Papers set at the Examination for Leaving Certificates, 1895
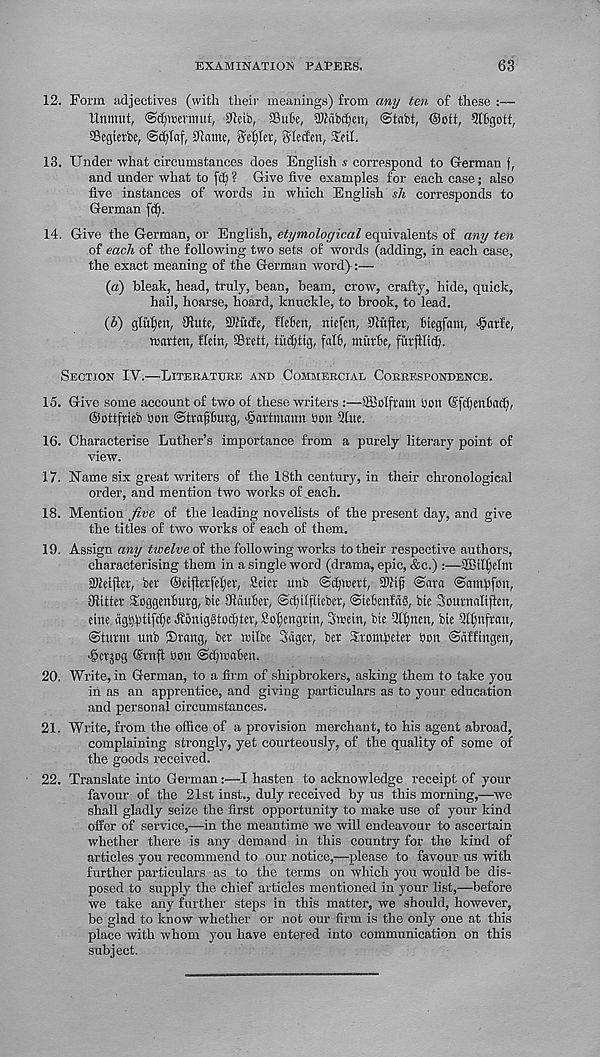
EXAMINATION PAPERS.
63
12. Form adjectives (with their meanings) from any ten of these :—
Unnfut, ©djwcrmut, 9Mb, ®u'6e, TObc^en, ®tabt, ®ott, 9I6gott,
SSegterbe, @^Iaf, 9iame, Seller, Siecfen, Xeil.
13. Under what circumstances does English s correspond to German f,
and under what to fcfi ? Give five examples for each case; also
five instances of words in which English sh corresponds to
German fd).
14. Give the German, or English, etymological equivalents of any ten
of each of the following two sets of words (adding, in each case,
the exact meaning of the German word) :—
(а) bleak, head, truly, bean, beam, crow, crafty, hide, quick,
hail, hoarse, hoard, knuckle, to brook, to lead.
(б) gluten, SRute, iTOude, flefien, niefen, 9tufM, Kegfant, ^arfe,
marten, fletn, $rett, titdjtig, faI6, ntutfe, furfiltd).
Section IV.—Literature and Commercial Correspondence.
15. Give some account of two of these writers :—SMfrain bon (Sfdjentad),
©ottfrieb bon ©tt'dfthtrg, Hartmann bon 9tue.
16. Characterise Luther’s importance from a purely literary point of
view.
17. Name six great writers of the 18th century, in their chronological
order, and mention two works of each.
18. Mention Jive of the leading novelists of the present day, and give
the titles of two works of each of them.
19. Assign any twelve of the following works to their respective authors,
characterising them in a single word (drama, epic, &c.) :—SBilfjehn
SOMfler, ber ©eiflerfeljer, Seicr unb (Scfjmert, 9Jfiji @ara ©antpfon,
fffitter SoggenBurg, bie SHiiuBcr, @d)ilf(ieber, @te'£>enfd§, bit Sonrnaliftcn,
eine. dg^tiff^e dtoniggtodjter, Sofjengrin, Smetn, bic ^Ifincn, bie 2lf)nftau,
(Sturm unb ®rang, ber milbe Sager, ber Srombeter bon ©dfftngen,
^crjog Grnft bon ©clpoaBen,
20. Write, in German, to a firm of shipbrokers, asking them to take you
in as an apprentice, and giving particulars as to your education
and personal circumstances.
21. Write, from the office of a provision merchant, to his agent abroad,
complaining strongly, yet courteously, of the quality of some of
the goods received.
22. Translate into German:—I hasten to acknowledge receipt of your
favour of the 21st inst., duly received by us this morning,—we
shall gladly seize the first opportunity to make use of your kind
offer of service,—in the meantime we will endeavour to ascertain
whether there is any demand in this country for the kind of
articles you recommend to our notice,—please to favour us with
further particulars as to the terms on which you would be dis-
posed to supply the chief articles mentioned in your list,—before
we take any further steps in this matter, we should, however,
be glad to know whether or not our firm is the only one at this
place with whom you have entered into communication on this
subject.